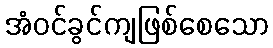
အံဝင်ခွင်ကျဖြစ်စေသော